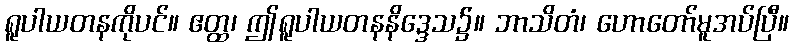
ရူပါယတနကိုပင်။ ဧတ္ထ၊ ဤရူပါယတနနိဒ္ဒေသ၌။ ဘာသိတံ၊ ဟောတော်မူအပ်ပြီ။